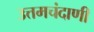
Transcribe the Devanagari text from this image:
उत्तमचंदाणी